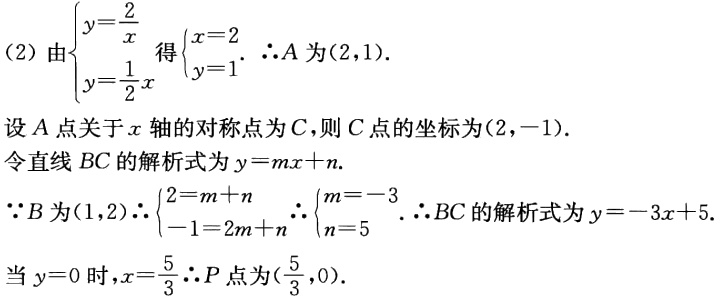
(2) 由$\begin{cases}y = \dfrac{2}{x}\\y = \dfrac{1}{2}x\end{cases}$得$\begin{cases}x = 2\\y = 1\end{cases}$. $\therefore A$为$(2,1)$.
设$A$点关于$x$轴的对称点为$C$,则$C$点的坐标为$(2,-1)$.
令直线$BC$的解析式为$y = mx + n$.
$\because B$为$(1,2)$$\therefore\begin{cases}2 = m + n\\-1 = 2m + n\end{cases}$ $\therefore\begin{cases}m = -3\\n = 5\end{cases}$ $\therefore BC$的解析式为$y = -3x + 5$.
当$y = 0$时,$x = \dfrac{5}{3}$$\therefore P$点为$(\dfrac{5}{3},0)$.